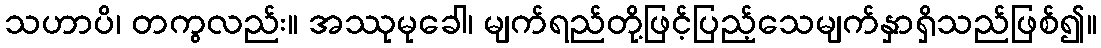
သဟာပိ၊ တကွလည်း။ အဿုမုခေါ၊ မျက်ရည်တို့ဖြင့်ပြည့်သေမျက်နှာရှိသည်ဖြစ်၍။